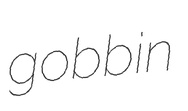
gobbin